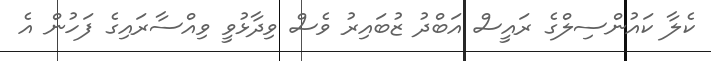
ކެލާ ކައުންސިލްގެ ރައީސް އަބްދު ޒުބައިރު ވެސް ވިދާޅުވީ ވިއްސާރައިގެ ފަހުން އެ